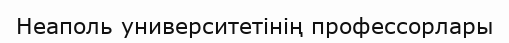
Неаполь университетінің профессорлары